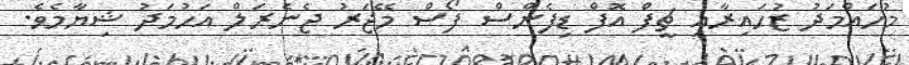
މުހައްމަދު ޒުހައިރާއި ޗީފް އޮފް ޑިފެންސް ފޯސް މޭޖަރު ޖެނެރަލް އަހުމަދު ޝިޔާމެވެ.